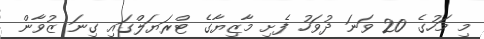
މި މަހުގެ 20 ވަނަ ދުވަހު ފެށި މާޒިޔާގެ ޓްރަޔަލްގައި ގިނަ ޒުވާން